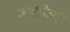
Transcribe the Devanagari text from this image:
मशीनहै